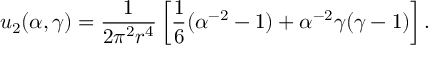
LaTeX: u _ { 2 } ( \alpha , \gamma ) = \frac 1 { 2 \pi ^ { 2 } r ^ { 4 } } \left[ \frac 1 6 ( \alpha ^ { - 2 } - 1 ) + \alpha ^ { - 2 } \gamma ( \gamma - 1 ) \right] .